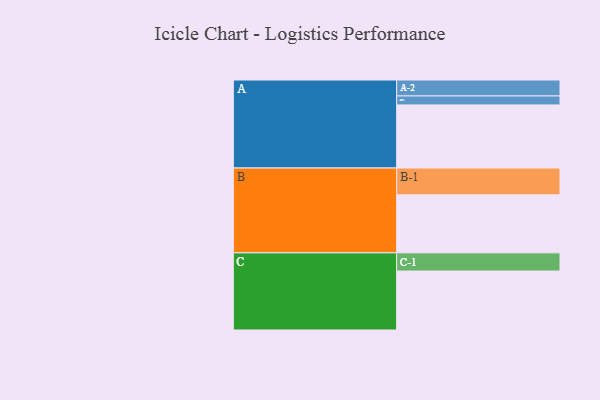
{"axis": {"x": "Segment", "y": "Value"}, "legend": ["", "A", "B", "C"], "data": [{"x": "A", "y": 597, "type": ""}, {"x": "B", "y": 549, "type": ""}, {"x": "C", "y": 558, "type": ""}, {"x": "A-1", "y": 85, "type": "A"}, {"x": "A-2", "y": 151, "type": "A"}, {"x": "B-1", "y": 254, "type": "B"}, {"x": "C-1", "y": 172, "type": "C"}]}